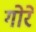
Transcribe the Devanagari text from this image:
गोरें